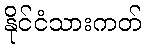
နိုင်ငံသားကတ်